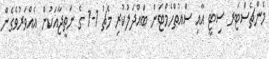
މެންޗެސްޓަރ ސިޓީ އާއި ސައުތްހެމްޓަން ބައްދަލުކުރި މެޗު 1-1 ގެ ނަތީޖާއަކުން އެއްވަރުވެގެން